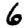
Digit: 6